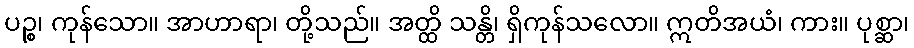
ပဉ္စ၊ ကုန်သော။ အာဟာရာ၊ တို့သည်။ အတ္ထိ သန္တိ၊ ရှိကုန်သလော။ ဣတိအယံ၊ ကား။ ပုစ္ဆာ၊